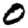
Digit: 0